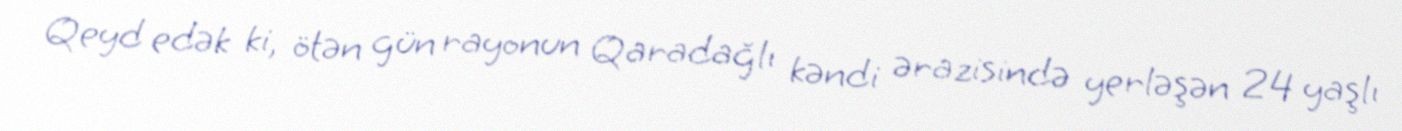
Qeyd edək ki, ötən gün rayonun Qaradağlı kəndi ərazisində yerləşən 24 yaşlı